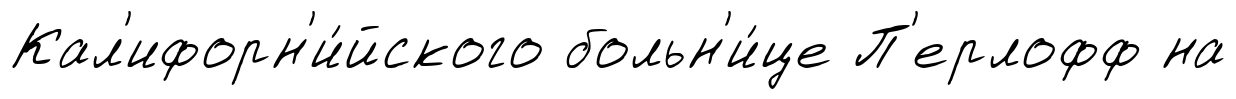
Кал'ифорн'и́йского больн'и́це П'ерлофф на